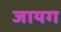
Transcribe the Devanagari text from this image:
जायग